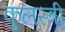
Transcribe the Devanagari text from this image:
कुलस्त्री